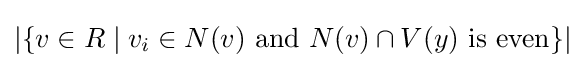
|\{v\in R\mid v_{i}\in N(v){\text{ and }}N(v)\cap V(y){\text{ is even}}\}|